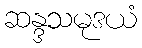
ဆန္ဒသမုဒယံ